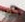
كان